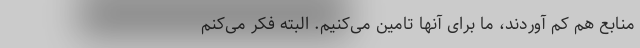
منابع هم کم آوردند، ما برای آنها تامین می‌کنیم. البته فکر می‌کنم